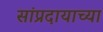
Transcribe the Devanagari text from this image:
सांप्रदायाच्या